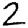
Digit: 2